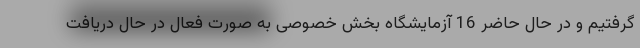
گرفتیم و در حال حاضر 16 آزمایشگاه بخش خصوصی به صورت فعال در حال دریافت